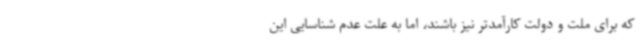
که برای ملت و دولت کارآمدتر نیز باشند، اما به علت عدم شناسایی این